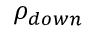
\rho _ { d o w n }